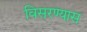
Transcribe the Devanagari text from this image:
विसरण्यास